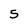
Character: 5